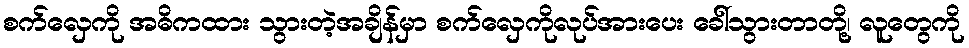
စက်လှေကို အဓိကထား သွားတဲ့အချိန်မှာ စက်လှေကိုလုပ်အားပေး ခေါ်သွားတာတို့၊ လူတွေကို